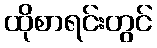
ထိုစာရင်းတွင်